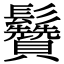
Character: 䰖